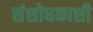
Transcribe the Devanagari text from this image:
संशोधकाशी